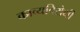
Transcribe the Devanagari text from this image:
काव्यविरोधी